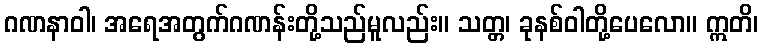
ဂဏနာဝါ၊ အရေအတွက်ဂဏန်းတို့သည်မူလည်း။ သတ္တ၊ ခုနစ်ဝါတို့ပေလော။ ဣတိ၊